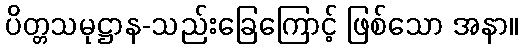
ပိတ္တသမုဋ္ဌာန-သည်းခြေကြောင့် ဖြစ်သော အနာ။